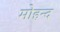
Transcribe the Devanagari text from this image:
मोहन्द